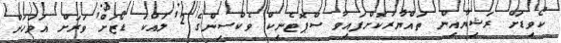
ކޯވިޑަށް ރަޝިޔާއިން ތައްޔާރުކޮށްފައިވާ ސްޕޮޓެނިކް ވެކްސިންގެ 2 ލައްކަ ޑޯޒަށް ވަރަށް އަވަހަށް